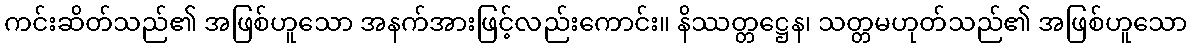
ကင်းဆိတ်သည်၏ အဖြစ်ဟူသော အနက်အားဖြင့်လည်းကောင်း။ နိဿတ္တဋ္ဌေန၊ သတ္တမဟုတ်သည်၏ အဖြစ်ဟူသော